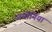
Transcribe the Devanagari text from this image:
जमोनिया